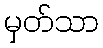
မှတ်သာ